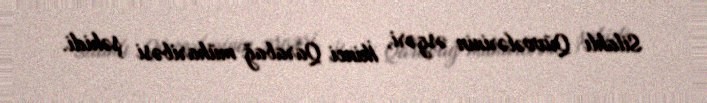
Silahlı Qüvvələrinin əsgəri, İkinci Qarabağ müharibəsi şəhidi.